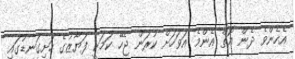
އެހެންވެ ދެން އޮތް އެންމެ އަވަހަށް ކުރަން ޖެހޭ ކަމަކީ ފަޔާޒުގެ ހަށިގަނޑުގައި